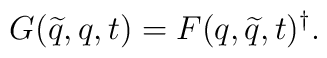
G(\widetilde{q},q,t)=F(q,\widetilde{q},t)^\dagger.